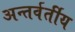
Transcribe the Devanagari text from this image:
अन्‍तर्वर्तीय